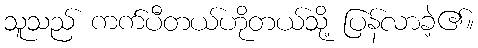
သူသည် ကက်ပီတယ်ဟိုတယ်သို့ ပြန်လာခဲ့၏။